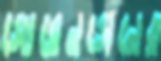
সোরেনসেনের